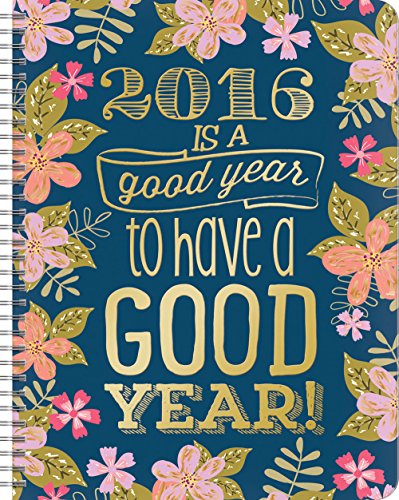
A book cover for Gold Foil Midnight Garden Large Flexi Planner Calendar 2016; Calendars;